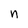
Character: n